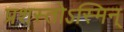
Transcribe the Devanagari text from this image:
प्रशस्तोऽस्मिन्